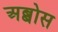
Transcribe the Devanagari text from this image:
अब्बोस